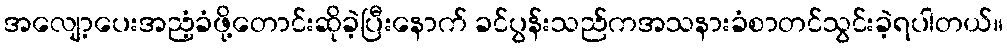
အလျော့ပေးအညံ့ခံဖို့တောင်းဆိုခဲ့ပြီးနောက် ခင်ပွန်းသည်ကအသနားခံစာတင်သွင်းခဲ့ရပါတယ်။